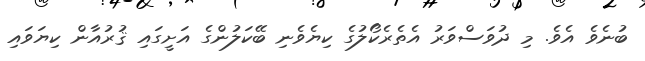
ބުނެވެ އެވެ. މި ދުވަސްވަރު އެތެރެކޯލުގެ ކިޔެވެނި ބޭކަލުންގެ އަށީގައި ޤުރުއާން ކިޔަވައި